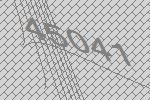
45041